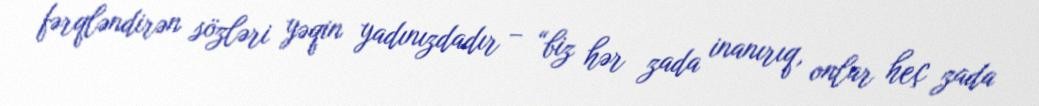
fərqləndirən sözləri yəqin yadınızdadır – “biz hər zada inanırıq, onlar heç zada